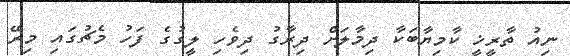
ނިއު ތާރީޚީ ކާމިޔާބަކާ ދިމާލަށް ދިރާގު ދިވެހި ލީގުގެ ފަހު މެޗުގައި މިރޭ